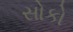
સોકો